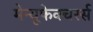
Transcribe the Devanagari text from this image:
मेन्यूफेक्चरर्स